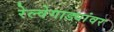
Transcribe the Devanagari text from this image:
रेल्वेगाड्यांवर